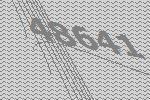
48641